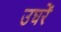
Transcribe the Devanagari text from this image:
उघरें